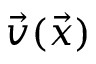
\vec { v } ( \vec { x } )